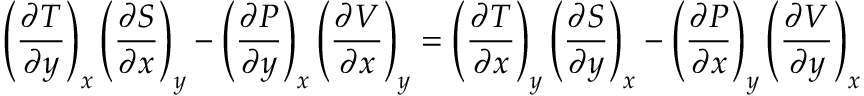
\left( { \frac { \partial T } { \partial y } } \right) _ { x } \left( { \frac { \partial S } { \partial x } } \right) _ { y } - \left( { \frac { \partial P } { \partial y } } \right) _ { x } \left( { \frac { \partial V } { \partial x } } \right) _ { y } = \left( { \frac { \partial T } { \partial x } } \right) _ { y } \left( { \frac { \partial S } { \partial y } } \right) _ { x } - \left( { \frac { \partial P } { \partial x } } \right) _ { y } \left( { \frac { \partial V } { \partial y } } \right) _ { x }